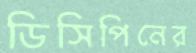
ডিসিপিনের